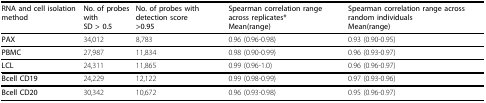
<table><thead><tr><td><b>RNA and cell isolation method</b></td><td><b>No. of probes withSD &gt; 0.5</b></td><td><b>No. of probes with detection score&gt;0.95</b></td><td><b>Spearman correlation range across replicates*Mean(range)</b></td><td><b>Spearman correlation range across random individualsMean(range)</b></td></tr></thead><tbody><tr><td><b>PAX</b></td><td>34,012</td><td>8,783</td><td>0.96 (0.96-0.98)</td><td>0.93 (0.90-0.95)</td></tr><tr><td><b>PBMC</b></td><td>27,987</td><td>11,834</td><td>0.98 (0.90-0.99)</td><td>0.96 (0.93-0.97)</td></tr><tr><td><b>LCL</b></td><td>24,311</td><td>11,865</td><td>0.99 (0.96-1.0)</td><td>0.96 (0.96-0.97)</td></tr><tr><td><b>Bcell CD19</b></td><td>24,229</td><td>12,122</td><td>0.99 (0.98-0.99)</td><td>0.97 (0.93-0.96)</td></tr><tr><td><b>Bcell CD20</b></td><td>30,342</td><td>10,672</td><td>0.96 (0.93-0.98)</td><td>0.95 (0.96-0.97)</td></tr></tbody></table>